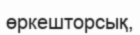
өркешторсық,